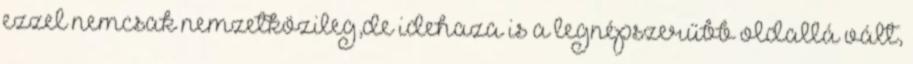
ezzel nemcsak nemzetközileg,de idehaza is a legnépszerűbb oldallá vált,